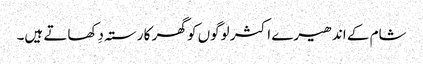
شام کے اندھیرے اکثر لوگوں کو گھر کا رستہ دِکھاتے ہیں۔